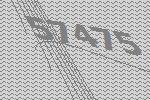
57475